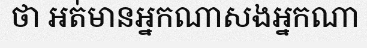
ថា អត់មានអ្នកណាសងអ្នកណា